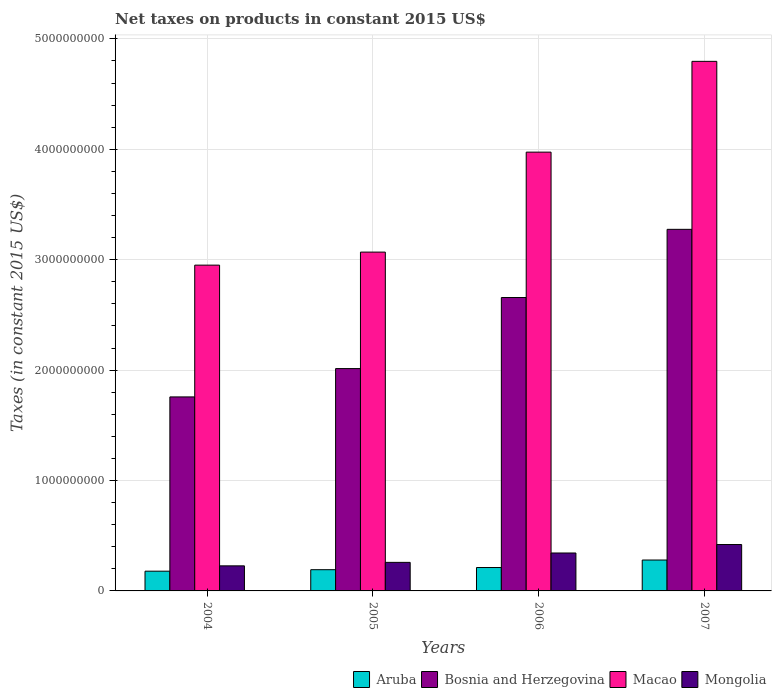
| Years | Aruba | Bosnia and Herzegovina | Macao | Mongolia |
 | --- | --- | --- | --- | --- |
 | 2004 | 1.79e+08 | 1.76e+09 | 2.95e+09 | 2.27e+08 |
 | 2005 | 1.92e+08 | 2.01e+09 | 3.07e+09 | 2.59e+08 |
 | 2006 | 2.12e+08 | 2.66e+09 | 3.97e+09 | 3.44e+08 |
 | 2007 | 2.8e+08 | 3.28e+09 | 4.8e+09 | 4.2e+08 |